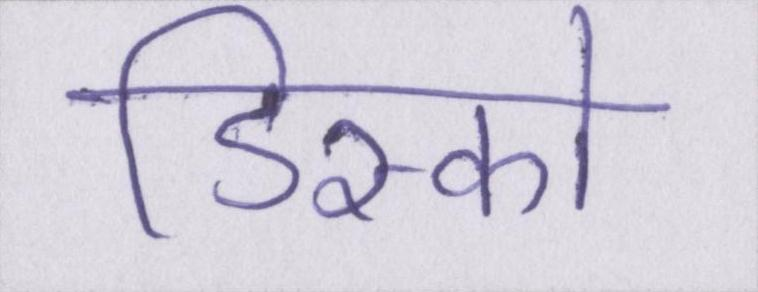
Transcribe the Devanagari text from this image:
डिस्को